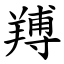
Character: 䍸